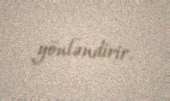
yönləndirir.